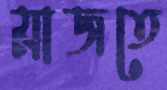
মাজতে